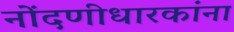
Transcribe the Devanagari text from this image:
नोंदणीधारकांना